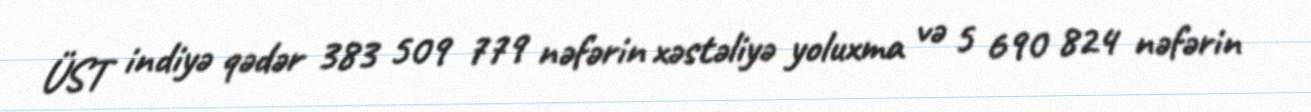
ÜST indiyə qədər 383 509 779 nəfərin xəstəliyə yoluxma və 5 690 824 nəfərin